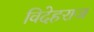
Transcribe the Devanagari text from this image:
विदेहराज